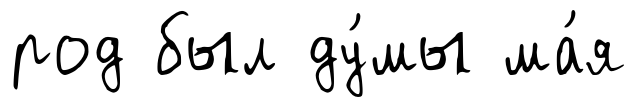
род был ду́мы ма́я